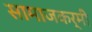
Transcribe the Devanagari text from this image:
सामाजकर्मी